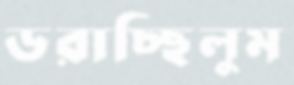
ডরাচ্ছিলুম